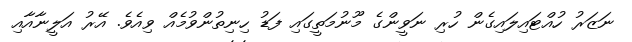
ނަޒަރު ހުއްޓައިލައިގެން ހުރި ނަވީންގެ މޫނުމަތީގައި ފަޑު ހިނިތުންވުމެއް ވިއެވެ. އޭރު އަލީނާއާއި